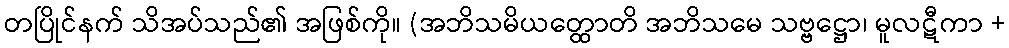
တပြိုင်နက် သိအပ်သည်၏ အဖြစ်ကို။ (အဘိသမိယတ္ထောတိ အဘိသမေ သဗ္ဗဋ္ဌော၊ မူလဋီကာ +